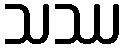
သဿ